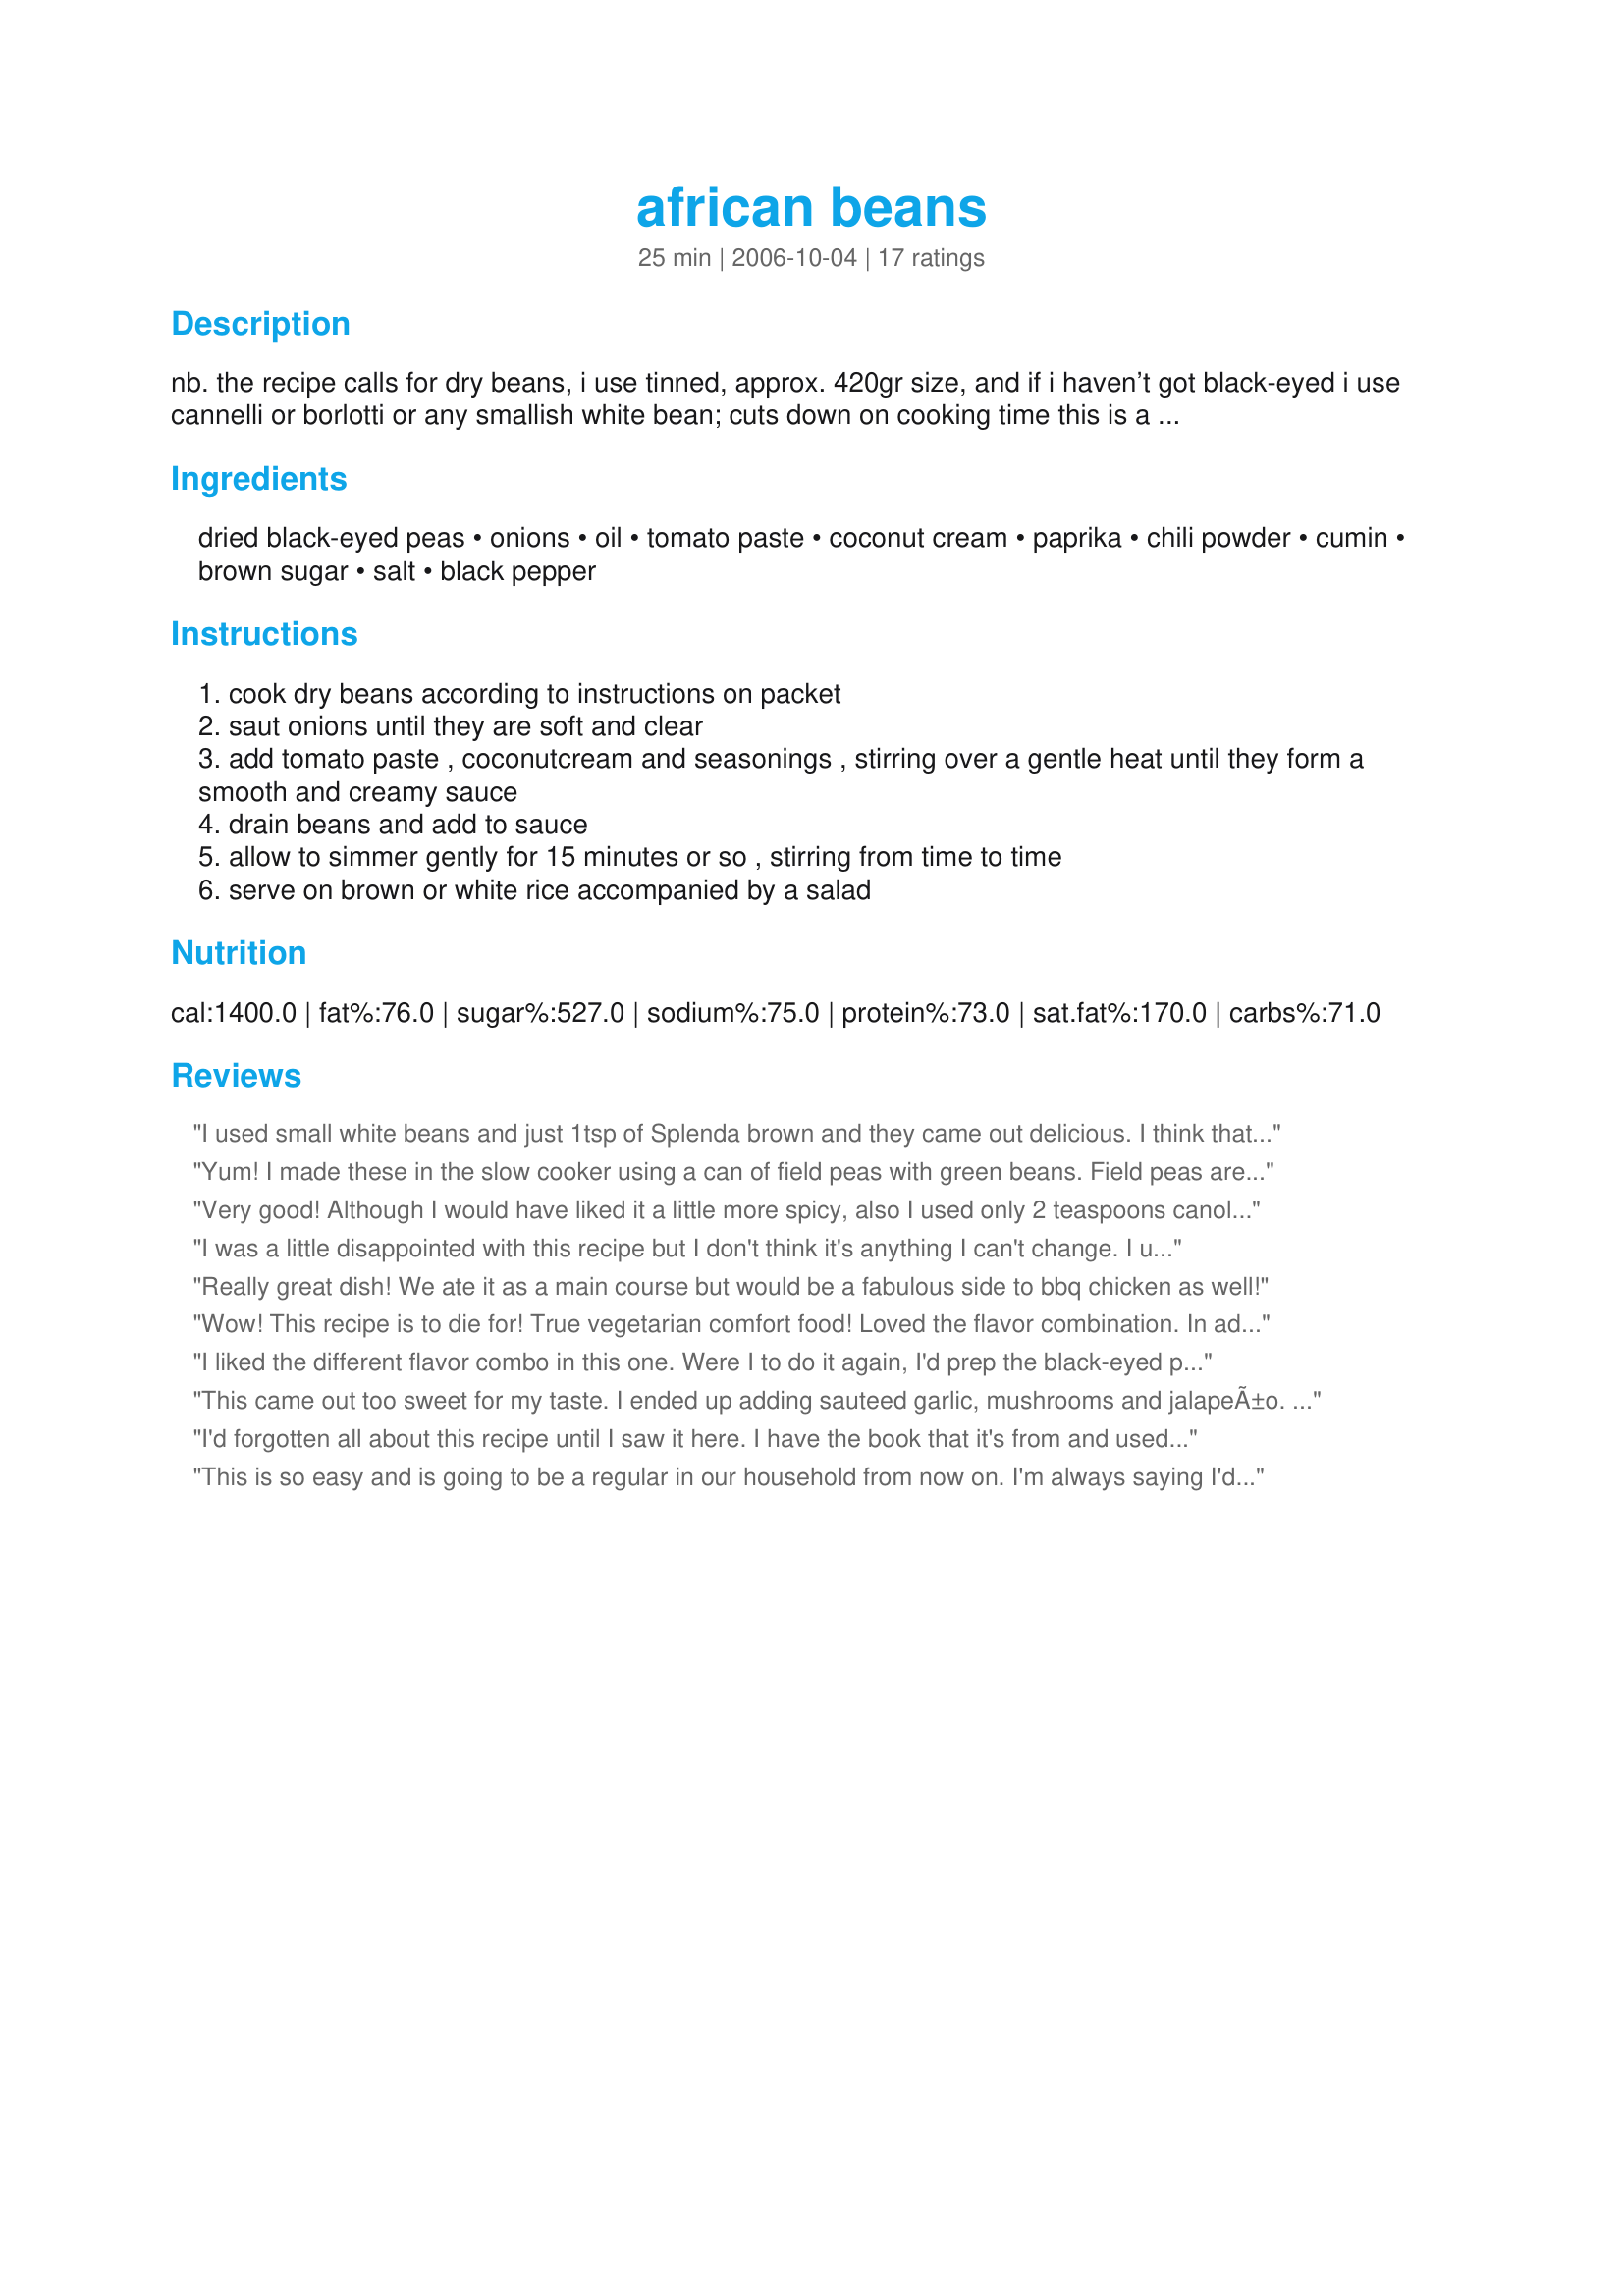
african beans
Preparation time: 25 minutes

nb. the recipe calls for dry beans, i use tinned, approx. 420gr size, and if i haven’t got black-eyed i use cannelli or borlotti or any smallish white bean; cuts down on cooking time
this is a vegetarian dish intended as a main meal, but it makes a great side dish as well. a good variation is to add sautéed sliced mushrooms with the onions, and i usually add garlic as well. its good served immediately, but if you refrigerate and heat the next day its even better.

Ingredients:
dried black-eyed peas, onions, oil, tomato paste, coconut cream, paprika, chili powder, cumin, brown sugar, salt, black pepper

Steps:
cook dry beans according to instructions on packet
saut onions until they are soft and clear
add tomato paste , coconutcream and seasonings , stirring over a gentle heat until they form a smooth and creamy sauce
drain beans and add to sauce
allow to simmer gently for 15 minutes or so , stirring from time to time
serve on brown or white rice accompanied by a salad

Reviews:
I used small white beans and just 1tsp of Splenda brown and they came out delicious. I think that I didn&#039;t really need even that. The coconut cream was a unique thing to use with beans for me to use with beans but I&#039;m so glad that I tried this. Thank you Karen for expanding my horizons. :D
Yum! I made these in the slow cooker using a can of field peas with green beans. Field peas are black-eyed peas, but they are quite smaller. I just left out the brown sugar since I am not trying to add any more sugar to my food. I did not find them as sweet as baked beans. Just delicious!
Very good! Although I would have liked it a little more spicy, also I used only 2 teaspoons canola oil, and added 1/4 teaspoon crushed red pepper flakes; it was a nice change from the regular baked beans. I used lite coconut milk and it still came out great. Thank you for posting your recipe!
I was a little disappointed with this recipe but I don't think it's anything I can't change. I used some cannelini and some butter beans but I think the smaller beans were better. I found the coconut cream made the dish much too rich and overpowered the spices, so I would use milk next time. I wanted to serve it over cous cous but found it didn't suit at all so stuck to the rice. But I will persevere with this one. Cheers!
Really great dish! We ate it as a main course but would be a fabulous side to bbq chicken as well!
Wow! This recipe is to die for! True vegetarian comfort food! Loved the flavor combination. In addition to the black eyed peas I also added chili beans and cannellini beans. I also used canned beans to save on time.
Made for Veg 'N Swap #19 tag.
I liked the different flavor combo in this one. Were I to do it again, I'd prep the black-eyed peas the night before as it was a bit crunchy. D was rather dubious about it and was happy to try it but did not like it enough to help me eat the (large amount of) leftovers. So I don't think I'll be making it very often.
This came out too sweet for my taste. I ended up adding sauteed garlic, mushrooms and jalapeÃ±o. I also added red curry paste and a little cayenne pepper. It is a good recipe I just need to adjust it to my liking. Next time I will leave out the brown sugar because the coconut cream is so sweet.
I'd forgotten all about this recipe until I saw it here. I have the book that it's from and used to make it often. I made it again tonight so I could post a review and it's very good and very easy to make. Black-eyed beans don't come in tins here, so I had to cook them. They don't need soaking and only took the same amount of time to cook as the brown rice we ate it with (about 40 min.s).
This is so easy and is going to be a regular in our household from now on. I'm always saying I'd like to eat more beans but never seem to get around to cooking them. I made this with tinned borlotti beans so there really is no excuse - just habit I suppose. I added a bit of soy sauce, probably because I didn't add all the salt and I add soy sauce to just about everything anyway! We had this with mushrooms (that I added in the last 10 mins because I forgot to saute them with the onions!) and some baked chicken drumsticks and salad. I would enjoy it with rice and no meat but my daughter probably wouldn't. Looking forward to the leftovers for lunch!
I thought these tasted kinda like baked beans but with an African flair - very nice! Next time I think I will try with white beans for something different. I used the canned peas option and after cooking and tasting, I thought they could use a little tartness so added a little mustard. Otherwise didn't change anything (though I did use lite coconut milk). I had these as a side dish. Thanks for the recipe!
A wonderful sidedish. Now will be a regular meal here. The only thing I might cut the paprika in half. Other than that I made the recipe exactly as written. The choice of flavors was excellent. There was just enough brown sugar to make this a delightful dish. Will make again this weekend. Thanks for the post.
A wonderful recipe which I cooked to have for Sunday Brunch with Karen's Bacon Wrapped Sausages! I use tinned cannellini beans and also a small tin of haricots blancs. I had no coconut cream, so I soaked some dried coconut in a cup of milk - it's an old trick I know! The flavour was lovely and with great depth....we had lots left over for supper, which we ate with just crusty bread.....and, we still have some more for tomorrow! A delectable recipe which was very easy to "whip" up.....I should imagine that most beans would work very well in this recipe. I also cut back on the salt - I used a pinch - we are both watching our salt intake - but as there was so much going on with the other ingredients - it was just fine! Thanks Karen - a wonderful easy recipe with lots of flavour!
This is a very nice recipe which I will make again! Used tinned cannelli beans but otherwise made as suggested. Plus the garlic ;-) DH really liekd this one! Thanks for posting!<br/>Made for I Recommend.
This was very good! I used dried navy beans soaked overnight and cooked. I only had coconut milk on hand so used that. And I found that for us....I would liked to have had more flavour from the spices. Next time I will add a wee bit more. Served this with basmati rice and fried plantains. This is a recipe that I will definately be making again. Thank you for sharing.
These beans sort of reminded me of American-style baked beans but a bit more exotic. The sauce gets sticky sweet and then the chili powder, cumin and paprika kick it up! I used the canned beans for faster preperation. This is a nice over rice, and sometime I'm going to make this as a side dish. Thanx for sharing!
A lovely vegetable dish which can be used as a main course with the brown rice. I must say I wasn&#039;t too sure about using blackeyed peas with this sauce, but it really works. I often use coconut milk in my dishes, but the coconut cream is sooo much more flavorful. The balance of the sauce ingredients really imparted a nice aromatic flavor to it. Added a tsp. more brown sugar to the ingredients, but otherwise made just as directed. Will definitely make this dish again as we enjoy vegetarian dishes that can be served as the main course. Made for PRMR, October, 2013.
